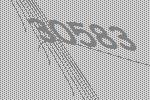
30583